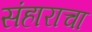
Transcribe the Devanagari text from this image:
संहाराचा